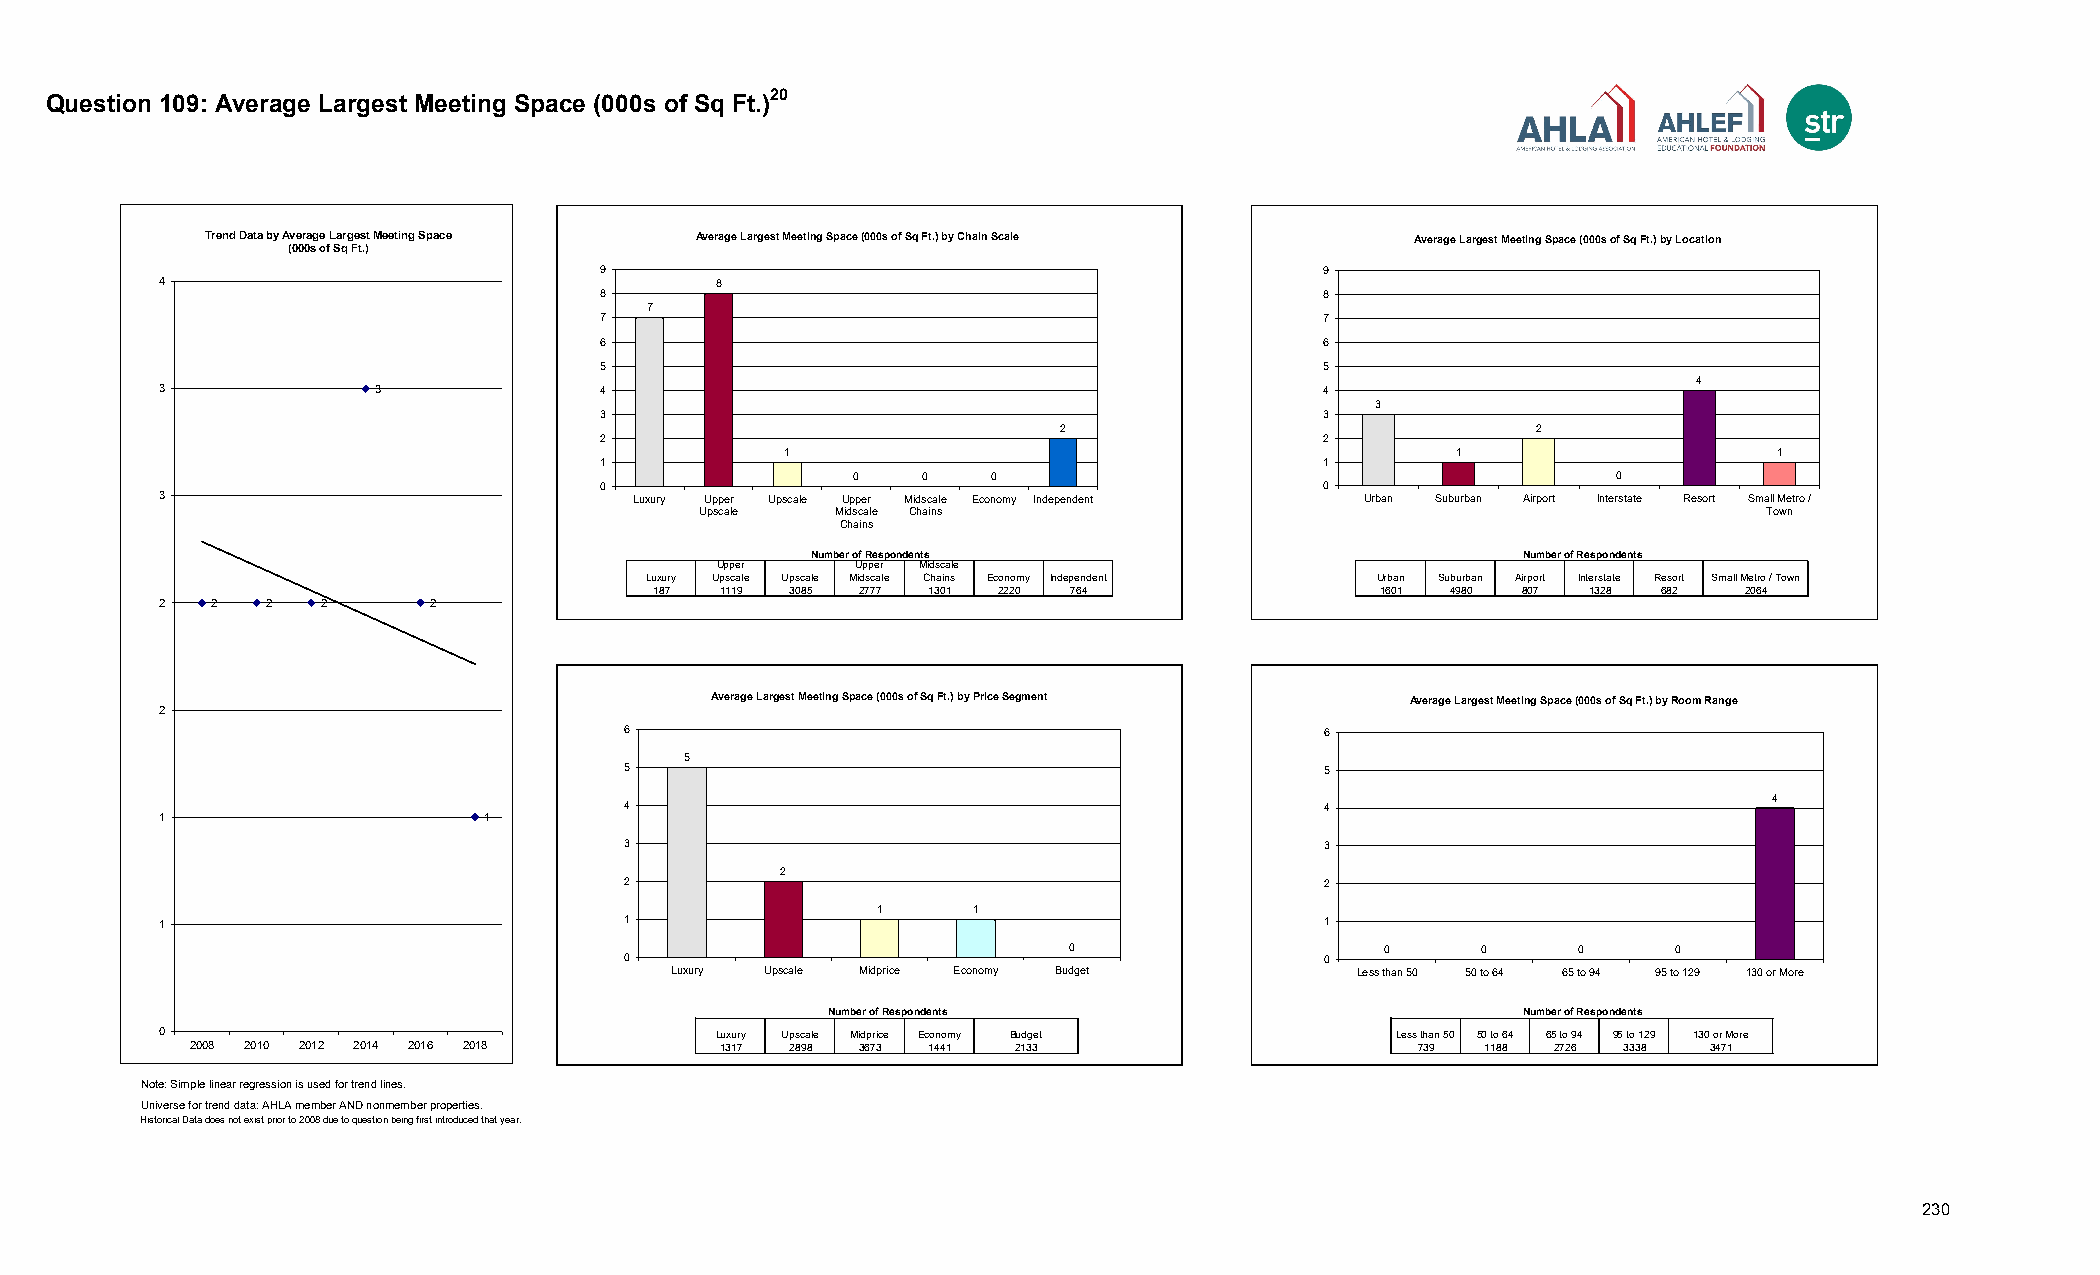
20
 Question 109: Average Largest Meeting Space (000s of Sq Ft.)
 Trend Data by Average Largest Meeting Space Average Largest Meeting Space (000s of Sq Ft.) by Chain Scale Average Largest Meeting Space (000s of Sq Ft.) by Location
 (000s of Sq Ft.)
 9                                               9
 4                                    8
 8                                               8
 7 Luxury 7
 7    Upper U 8                                  7
 Upscale 1
 6    Upper M 0                                  6
 Midscal 0
 5    Econom 0                                   5                      Urban 3
 Indepen 2                                                         Subur4ba 1
 3             3              4                                               4                      Airport 2
 3                  Intersta 0
 3                                               3                      Resort 4
 2                              2        Small M 1
 2                                               2
 1                                           1                    1
 1                                               1
 0    0   0                                         0
 0                                               0
 3                               Luxury Upper Upscale Upper Midscale Economy Independent Urban Suburban Airport Interstate Resort Small Metro /
 Upscale  Midscale Chains                                               Town
 Chains
 Number of Respondents                           Number of Respondents
 Upper    Upper Midscale
 Luxury Upscale Upscale Midscale Chains Economy Independent Urban Suburban Airport Interstate Resort Small Metro / Town
 187 1119 3085 2777 1301 2220 764                1601 4980 807 1328 682  2064
 2   2  2   2      2
 Average Largest Meeting Space (000s of Sq Ft.) by Price Segment Average Largest Meeting Space (000s of Sq Ft.) by Room Range
 2
 ##
 ##                          6                                             6
 ## 2  100
 # # ## # # 2 2 3            5   5                                         5               Less tha 0
 ## 2                                                                                      50 to 64 0
 1  ## 1               1        4  Luxury 5                                   4               6 95 5 t to o 9 14 2 0 0 4
 Upscale 2                                                  130 or M 4
 Midprice 1
 3  Econom 1                                   3
 Budget 0
 2
 2                                             2
 1     1
 1                              1                                             1
 0                    0      0     0      0
 0                                             0
 Luxury Upscale Midprice Economy Budget       Less than 50 50 to 64 65 to 94 95 to 129 130 or More
 Number of Respondents                          Number of Respondents
 0                                    Luxury Upscale Midprice Economy Budget       Less than 50 50 to 64 65 to 94 95 to 129 130 or More
 2008 2010 2012 2014 2016 2018      1317 2898 3673 1441 2133                       739 1188 2726 3338 3471
 Note: Simple linear regression is used for trend lines.
 Universe for trend data: AHLA member AND nonmember properties.
 Historical Data does not exist prior to 2008 due to question being first introduced that year.
 230